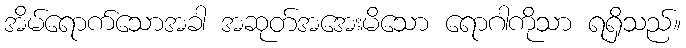
အိမ်ရောက်သောအခါ အဆုတ်အအေးမိသော ရောဂါကိုသာ ရရှိသည်။